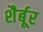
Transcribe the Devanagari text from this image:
शैर्बूर